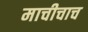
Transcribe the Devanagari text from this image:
माचीचाच